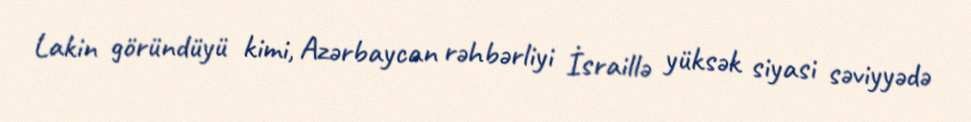
Lakin göründüyü kimi, Azərbaycan rəhbərliyi İsraillə yüksək siyasi səviyyədə